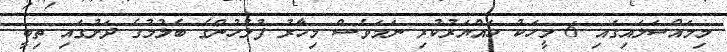
މިމައްސަލައިގައި 6 މީހަކު ހައްޔަރުކުރި ނަމަވެސް މިހާރު ފުލުހުންގެ ބެލުމުގެ ދަށުގައި ތިބީ